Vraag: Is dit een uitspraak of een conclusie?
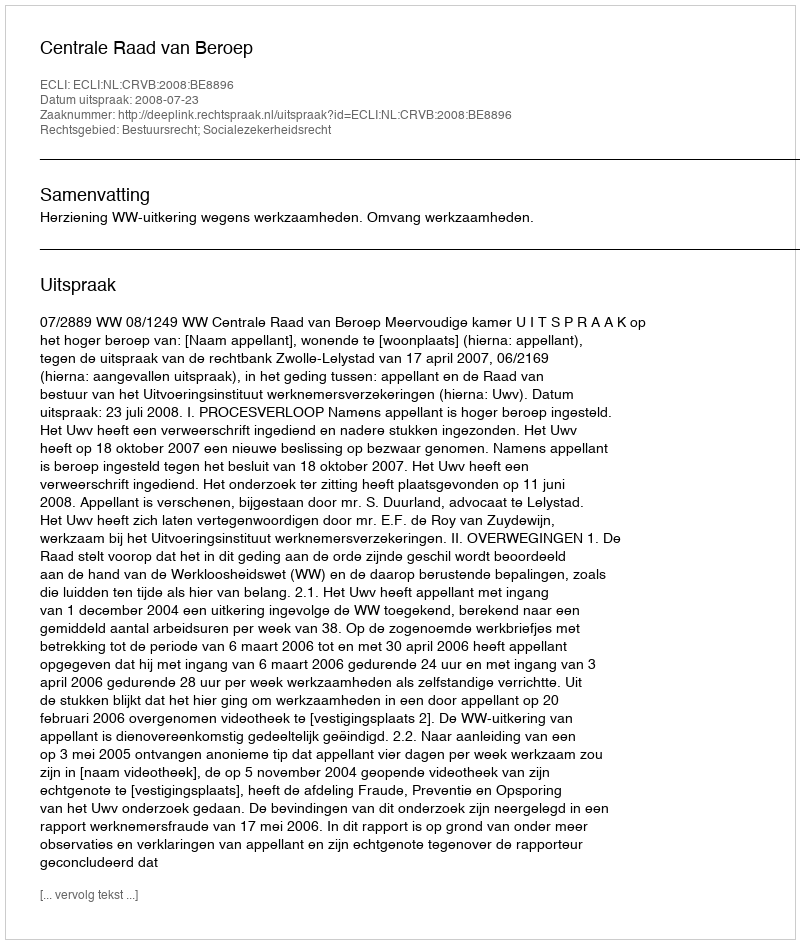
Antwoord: Uitspraak